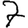
Digit: 7